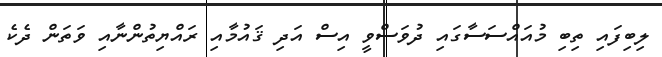
ލިބިފައި ތިބި މުއައްސަސާގައި ދުވަސްވީ އިސް އަދި ޤައުމާއި ރައްޔިތުންނާއި ވަތަން ދެކެ